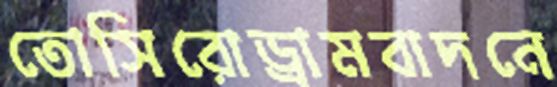
তোসিরোড্রামবাদনে